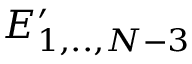
E _ { 1 , . . , N - 3 } ^ { \prime }